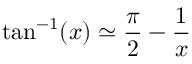
\tan ^ { - 1 } ( x ) \simeq \frac { \pi } { 2 } - \frac { 1 } { x }